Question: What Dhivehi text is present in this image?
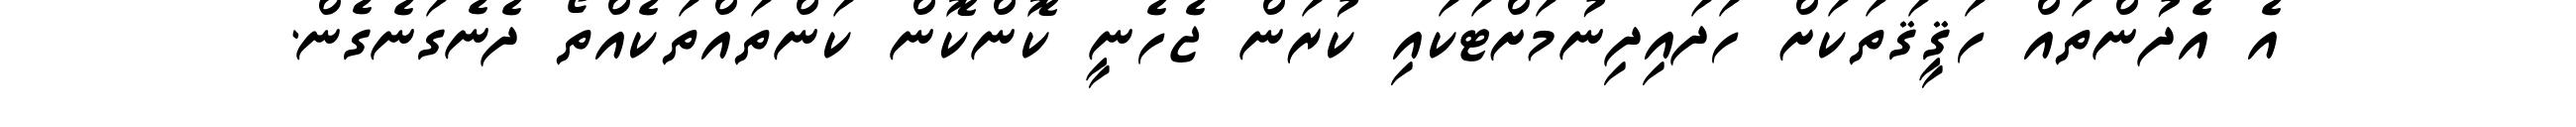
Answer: އެ އެދުންތައް ހަޤީޤަތަކަށް ހަދައިދިނުމަށްޓަކައި ކުރަން ޖެހެނީ ކޮންކޮން ކަންތައްތަކެއްތޯ ދެނެގަނެގެން.